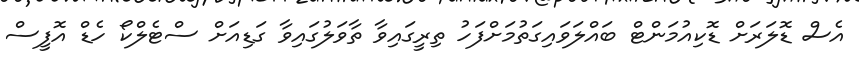
އެސް ޑޮލަރަށް ޑޮކިއުމަންޓް ބައްލަވައިގަތުމަށްފަހު ތިރީގައިވާ ތާވަލުގައިވާ ގަޑިއަށް ސްޓެލްކޯ ހެޑް އޮފީސް